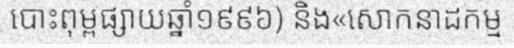
បោះពុម្ពផ្សាយឆ្នាំ១៩៩៦) និង«សោកនាដកម្ម